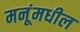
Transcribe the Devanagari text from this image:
मनूंमधील